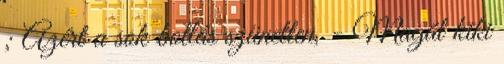
; Azért a sok botlás szünetlen, - Magát kiki